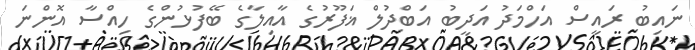
ނައިބު ރައީސް އަހްމަދު އަދީބު އަބްދުލް ޣަފޫރުގެ އާއިލާގެ ބޭފުޅުންގެ ހިއްސާ އޮންނަ